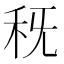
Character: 𥝪